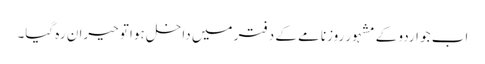
اب جو اردو کے مشہور روزنامے کے دفتر میں داخل ہوا تو حیران رہ گیا۔